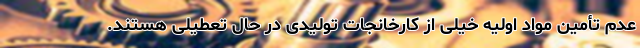
عدم تأمین مواد اولیه خیلی از کارخانجات تولیدی در حال تعطیلی هستند.